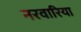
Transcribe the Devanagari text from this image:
नरवारिया